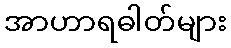
အာဟာရဓါတ်များ